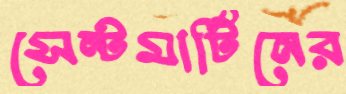
সেন্টমার্টিনের